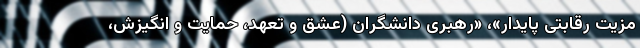
مزیت رقابتی پایدار»، «رهبری دانشگران (عشق و تعهد، حمایت و انگیزش،